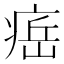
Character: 𤷝